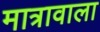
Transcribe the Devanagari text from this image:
मात्रावाला